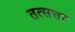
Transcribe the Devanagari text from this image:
तत्सत्ता